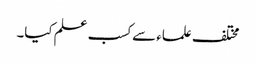
مختلف علماء سے کسب علم کیا۔